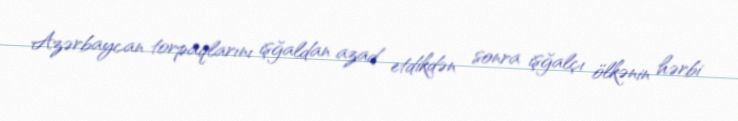
Azərbaycan torpaqlarını işğaldan azad etdikdən sonra işğalçı ölkənin hərbi